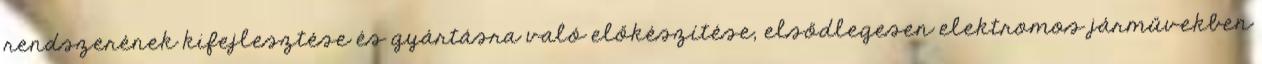
rendszerének kifejlesztése és gyártásra való előkészítése, elsődlegesen elektromos járművekben